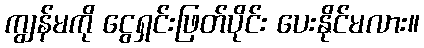
ကျွန်မကို ငွေရှင်းဖြတ်ပိုင်း ပေးနိုင်မလား။